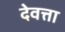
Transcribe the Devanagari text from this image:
देवत्ता